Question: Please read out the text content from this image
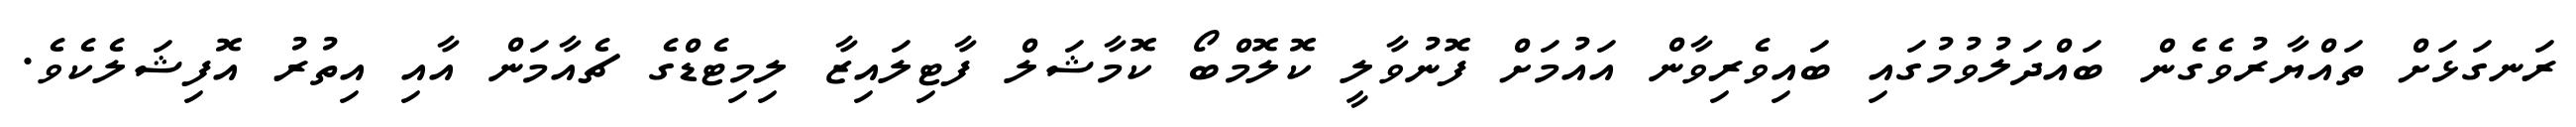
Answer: ރަނގަޅަށް ތައްޔާރުވެގެން ބައްދަލުވުމުގައި ބައިވެރިވާން އައުމަށް ފޮނުވާލީ ކޮލޮމްބޯ ކޮމާޝަލް ފާޓިލައިޒާ ލިމިޓެޑްގެ ޗެއާމަން އާއި އިތުރު އޮފިޝަލެކެވެ.